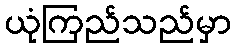
ယုံကြည်သည်မှာ